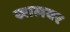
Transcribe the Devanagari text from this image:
खालवर